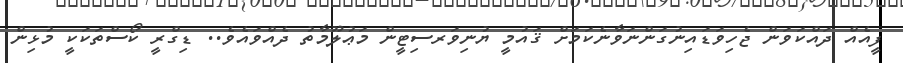
ފީއެއް ދައްކަވަން ޖެހިވަޑައިނުގަންނަވާނެކަމަށް ޤައުމީ ޔުނިވަރސިޓީން މަޢުލޫމާތު ދެއްވައެވެ.. ޑިގްރީ ކޯސްތަކަކީ މުޅިން